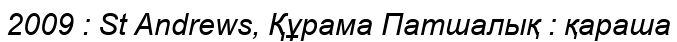
2009 : St Andrews, Құрама Патшалық : қараша